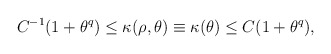
\begin{align*} C^{-1}(1+\theta^q)\leq \kappa(\rho,\theta)\equiv\kappa(\theta)\leq C (1+\theta^q),\end{align*}